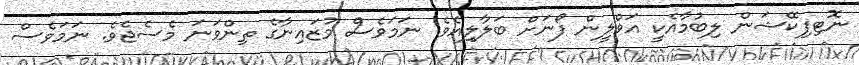
ނޮޓިފިކޭޝަން ލިބުމާއެކީ އަވްލީން ފޯނަށް ބަލާލިއެވެ. ނަމަވެސް މުޒައިނާގެ ތިންވަނަ މެސެޖެވެ. ނަމަވެސް